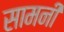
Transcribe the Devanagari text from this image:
सामनी